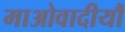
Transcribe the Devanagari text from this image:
माओवादीयौं